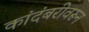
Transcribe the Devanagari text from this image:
कांदंबरीवरून